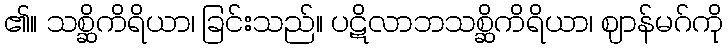
၏။ သစ္ဆိကိရိယာ၊ ခြင်းသည်။ ပဋိလာဘသစ္ဆိကိရိယာ၊ ဈာန်မဂ်ကို